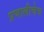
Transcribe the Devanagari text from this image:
प्रणालीचेच